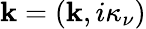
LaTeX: \mathbf{k}=(\mathbf{{\mathbf{k}}},i\kappa_{\nu})